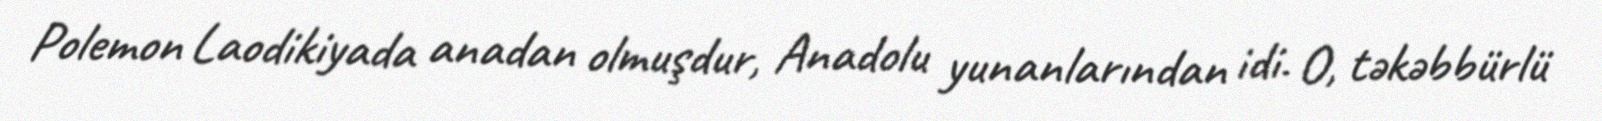
Polemon Laodikiyada anadan olmuşdur, Anadolu yunanlarından idi. O, təkəbbürlü